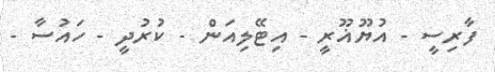
ފާރިސީ - އުޔޫޣޫރީ - އިޓޭލިއަން - ކުރުދީ - ހައުސާ -